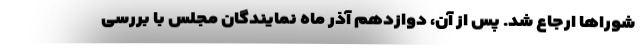
شوراها ارجاع شد. پس از آن، دوازدهم آذر ماه نمایندگان مجلس با بررسی